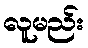
လူမည်း